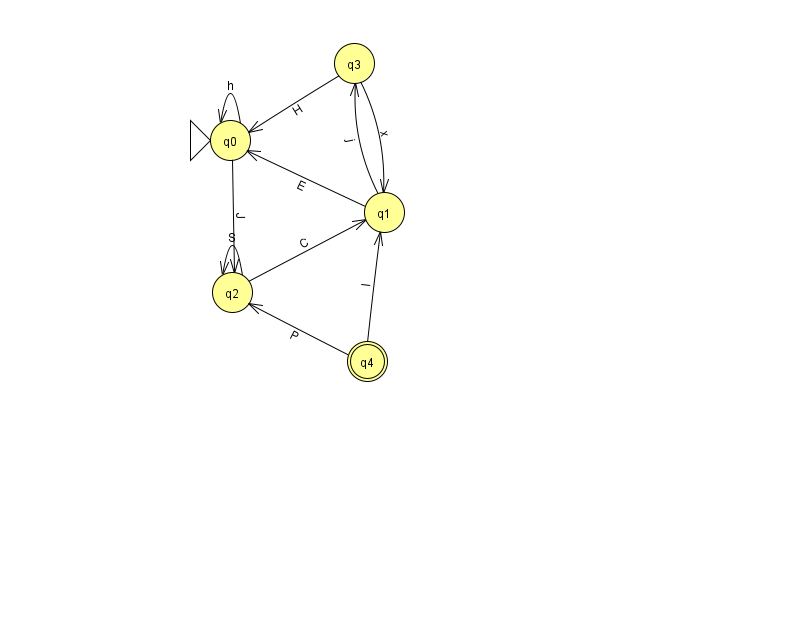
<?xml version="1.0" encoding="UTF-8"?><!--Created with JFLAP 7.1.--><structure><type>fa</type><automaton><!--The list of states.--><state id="0" name="q0"><x>230.0</x><y>127.0</y><initial/></state><state id="1" name="q1"><x>384.0</x><y>199.0</y></state><state id="2" name="q2"><x>232.0</x><y>279.0</y></state><state id="3" name="q3"><x>354.0</x><y>50.0</y></state><state id="4" name="q4"><x>367.0</x><y>348.0</y><final/></state><!--The list of transitions.--><transition><from>4</from><to>2</to><read>P</read></transition><transition><from>2</from><to>2</to><read>S</read></transition><transition><from>0</from><to>2</to><read>J</read></transition><transition><from>1</from><to>0</to><read>E</read></transition><transition><from>4</from><to>1</to><read>I</read></transition><transition><from>0</from><to>0</to><read>h</read></transition><transition><from>1</from><to>3</to><read>j</read></transition><transition><from>3</from><to>1</to><read>x</read></transition><transition><from>3</from><to>0</to><read>H</read></transition><transition><from>2</from><to>1</to><read>C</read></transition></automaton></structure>